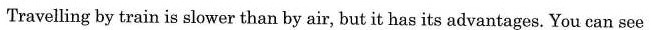
Travelling by train is slower than by air, but it has its advantages. You can see